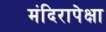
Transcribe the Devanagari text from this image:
मंदिरापेक्षा